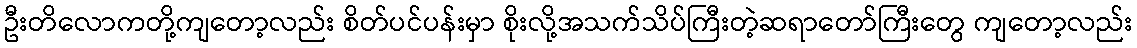
ဦးတိလောကတို့ကျတော့လည်း စိတ်ပင်ပန်းမှာ စိုးလို့အသက်သိပ်ကြီးတဲ့ဆရာတော်ကြီးတွေ ကျတော့လည်း